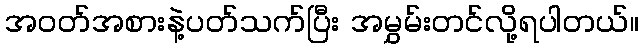
အဝတ်အစားနဲ့ပတ်သက်ပြီး အမွှမ်းတင်လို့ရပါတယ်။